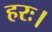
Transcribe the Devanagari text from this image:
हरः।